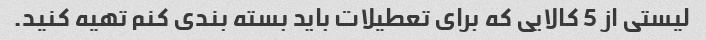
لیستی از 5 کالایی که برای تعطیلات باید بسته بندی کنم تهیه کنید.